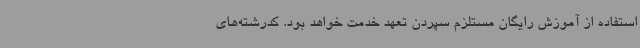
استفاده از آموزش رایگان مستلزم سپردن تعهد خدمت خواهد بود. کدرشته‌های